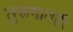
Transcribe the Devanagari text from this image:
तुरूंगातही